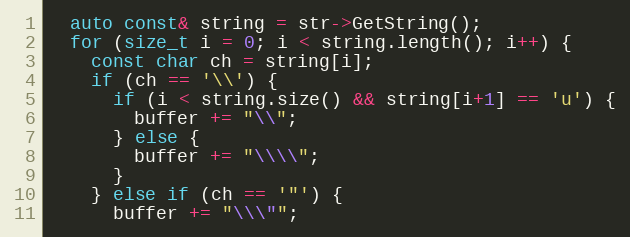
Language: C++
  auto const& string = str->GetString();
  for (size_t i = 0; i < string.length(); i++) {
    const char ch = string[i];
    if (ch == '\\') {
      if (i < string.size() && string[i+1] == 'u') {
        buffer += "\\";
      } else {
        buffer += "\\\\";
      }
    } else if (ch == '"') {
      buffer += "\\\"";